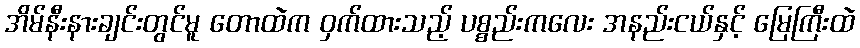
အိမ်နီးနားချင်းတွင်မူ တောထဲက ဝှက်ထားသည့် ပစ္စည်းကလေး အနည်းငယ်နှင့် မြေကြီးထဲ